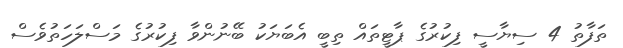
ތަފާތު 4 ސިޔާސީ ފިކުރުގެ ޕާޓީތައް ތިބީ އެބަޔަކު ބޭނުންވާ ފިކުރުގެ މަސްލަހަތުވެސް